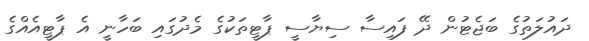
ދައުލަތުގެ ބަޖެޓުން ދޭ ފައިސާ ސިޔާސީ ޕާޓީތަކުގެ މެދުގައި ބަހާނީ އެ ޕާޓީއެއްގެ